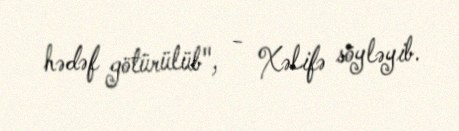
hədəf götürülüb", - Xəlifə söyləyib.